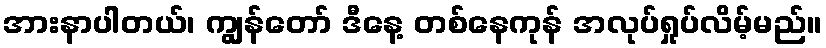
အားနာပါတယ်၊ ကျွန်တော် ဒီနေ့ တစ်နေကုန် အလုပ်ရှုပ်လိမ့်မည်။